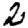
Digit: 2